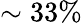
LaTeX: \sim 33\%